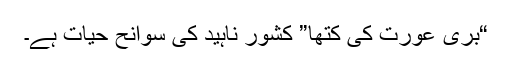
“بری عورت کی کتھا” کشور ناہید کی سوانح حیات ہے۔